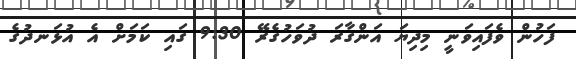
ފަހުން ވެފައިވަނީ މިދިޔަ އަންގާރަ ދުވަހުގެރޭ 9:30 ގައި ކަމަށް އެ އުޅަނދުގެ